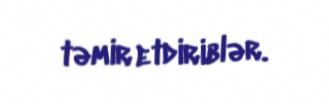
təmir etdiriblər.